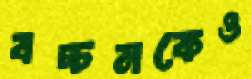
বচ্চনকেও